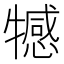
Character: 𤛸